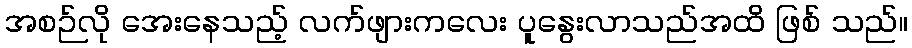
အစဉ်လို အေးနေသည့် လက်ဖျားကလေး ပူနွေးလာသည်အထိ ဖြစ် သည်။